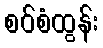
စဝ်စံထွန်း